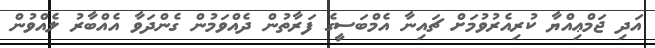
އަދި ޖަމްޢިއްޔާ ކުރިއެރުވުމަށް ޗައިނާ އެމްބަސީގެ ފަރާތުން ދެއްވަމުން ގެންދަވާ އެއްބާރު ލެއްވުން